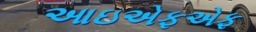
આઇએફએફ